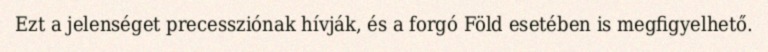
Ezt a jelenséget precessziónak hívják, és a forgó Föld esetében is megfigyelhető.